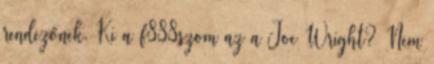
rendezőnek. Ki a f888szom az a Joe Wright? Nem